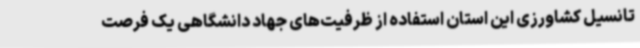
تانسیل کشاورزی این استان استفاده از ظرفیت‌های جهاد دانشگاهی یک فرصت